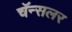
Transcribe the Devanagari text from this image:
चॅन्सलर